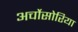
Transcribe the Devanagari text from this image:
अर्चोसोरिया